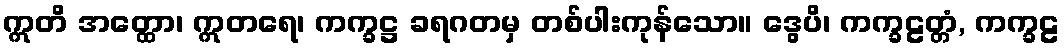
ဣတိ အတ္ထော၊ ဣတရေ၊ ကက္ခဋ္ဌ ခရဂတမှ တစ်ပါးကုန်သော။ ဒွေပိ၊ ကက္ခဠတ္တံ, ကက္ခဠ